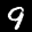
Label: 9